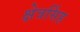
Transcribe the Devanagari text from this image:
क्षेत्रसिंह